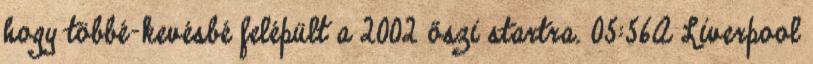
hogy többé-kevésbé felépült a 2002 őszi startra. 05:56A Liverpool